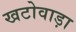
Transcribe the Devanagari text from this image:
खटोवाड़ा